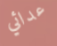
عدائي